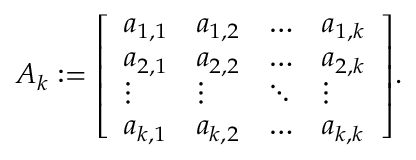
A _ { k } : = { \left[ \begin{array} { l l l l } { a _ { 1 , 1 } } & { a _ { 1 , 2 } } & { \dots } & { a _ { 1 , k } } \\ { a _ { 2 , 1 } } & { a _ { 2 , 2 } } & { \dots } & { a _ { 2 , k } } \\ { \vdots } & { \vdots } & { \ddots } & { \vdots } \\ { a _ { k , 1 } } & { a _ { k , 2 } } & { \dots } & { a _ { k , k } } \end{array} \right] } .